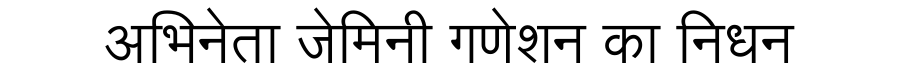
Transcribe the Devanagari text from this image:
अभिनेता जेमिनी गणेशन का निधन